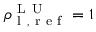
\rho _ { \mathrm { ~ l ~ } , \mathrm { ~ r ~ e ~ f ~ } } ^ { \mathrm { ~ L ~ U ~ } } = 1